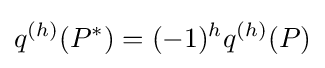
q^{(h)}(P^{*})=(-1)^{h}q^{(h)}(P)